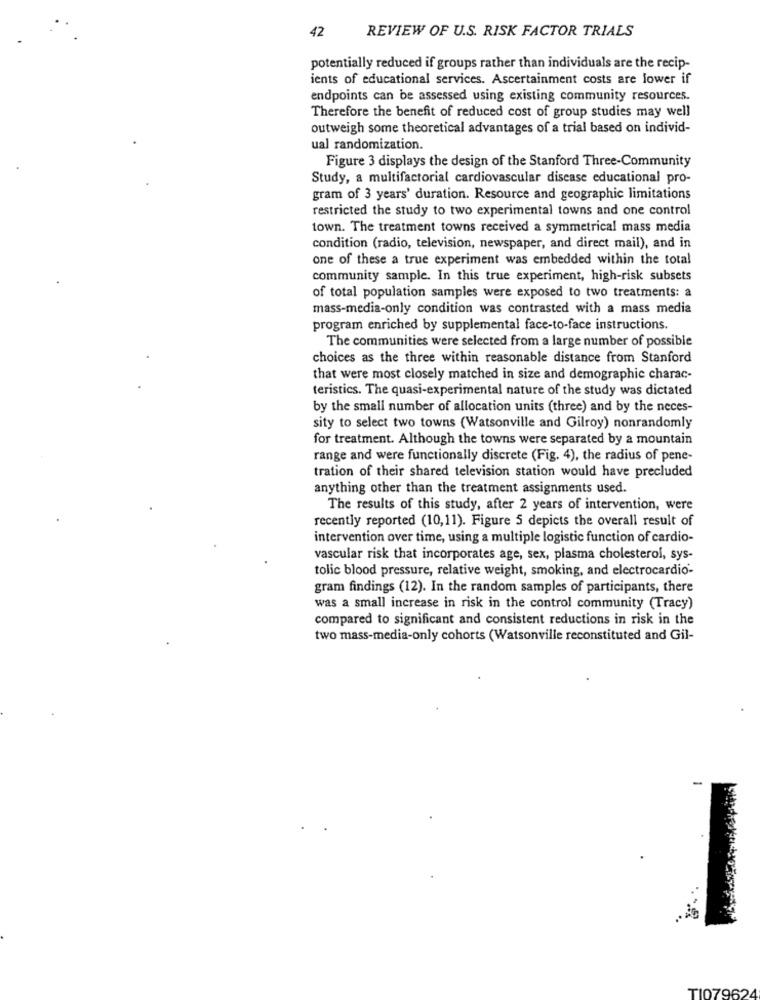
42
REVIEW OF U.S. RISK FACTOR TRIALS
potentially reduced if groups rather than individuals are the recip-
ients of educational services. Ascertainment costs are lower if
endpoints can be assessed using existing community resources.
Therefore the benefit of reduced cost of group studies may well
outweigh some theoretical advantages of a trial based on individ-
ual randomization.
Figure 3 displays the design of the Stanford Three-Community
Study, a multifactorial cardiovascular disease educational pro-
gram of 3 years' duration. Resource and geographic limitations
restricted the study to two experimental towns and one control
town. The treatment towns received a symmetrical mass media
condition (radio, television, newspaper, and direct mail), and in
one of these a true experiment was embedded within the total
community sample. In this true experiment, high-risk subsets
of total population samples were exposed to two treatments: a
mass-media-only condition was contrasted with a mass media
program enriched by supplemental face-to-face instructions.
The communities were selected from a large number of possible
choices as the three within reasonable distance from Stanford
that were most closely matched in size and demographie charac-
teristics. The quasi-experimental nature of the study was dictated
by the small number of allocation units (three) and by the neces-
sity to select two towns (Watsonville and Gilroy) nonrandomly
for treatment. Although the towns were separated by a mountain
range and were functionally discrete (Fig. 4), the radius of pene-
tration of their shared television station would have precluded
anything other than the treatment assignments used.
The results of this study, after 2 years of intervention, were
recently reported (10,11). Figure 5 depicts the overall result of
intervention over time, using a multiple logistic function of cardio-
vascular risk that incorporates age, sex, plasma cholesterol, sys-
tolic blood pressure, relative weight, smoking, and electrocardio-
gram findings (12). In the random samples of participants, there
was a small increase in risk in the control community (Tracy)
compared to significant and consistent reductions in risk in the
two mass-media-only cohorts (Watsonville reconstituted and Gil-
TI079624